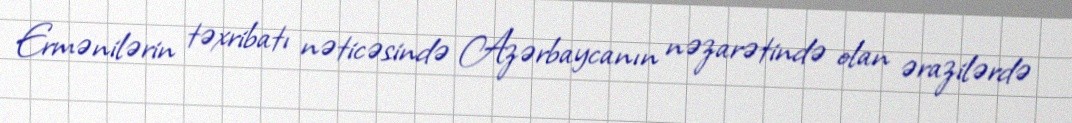
Ermənilərin təxribatı nəticəsində Azərbaycanın nəzarətində olan ərazilərdə